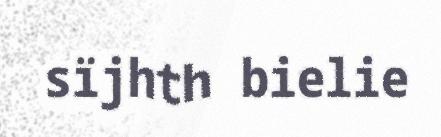
sïjhth bielie